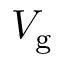
V _ { \mathrm { g } }